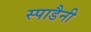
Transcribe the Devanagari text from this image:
स्पाडैनी